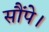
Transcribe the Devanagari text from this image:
सौंपे।